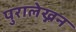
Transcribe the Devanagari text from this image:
पुरालेख्नन